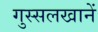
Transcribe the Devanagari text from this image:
गुस्सलखानें